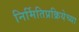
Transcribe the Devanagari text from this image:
निर्मितिप्रक्रियेच्या